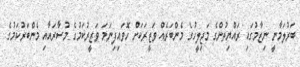
ބަރުލަމާނީ ނިޒާމުގައި ރައްޔިތުންގެ މަޖިލީހުގެ މެންބަރެއް ވަޒީރަކަށް ހޮވައިފިނަމަ ވަޒީރުކަމުގެ މުސާރައާއި މެންބަރުކަމުގެ